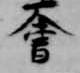
会